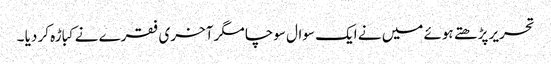
تحریر پڑھتے ہوئے میں نے ایک سوال سوچا مگر آخری فقرے نے کباڑہ کر دیا ۔